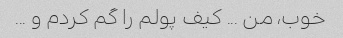
خوب، من ... کیف پولم را گم کردم و ...